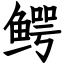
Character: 鳄